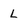
Character: L